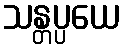
သန္တပ္ပယေ